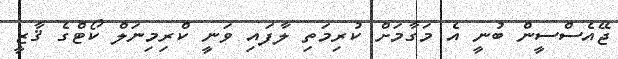
ޖޭއެސްސީން ބުނީ އެ މަގާމަށް ކުރިމަތި ލާފައި ވަނީ ކްރިމިނަލް ކޯޓްގެ ޤާޒީ